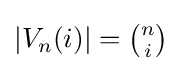
|V_{n}(i)|=\textstyle {\binom {n}{i}}